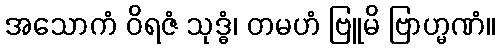
အသောကံ ဝိရဇံ သုဒ္ဓံ၊ တမဟံ ဗြူမိ ဗြာဟ္မဏံ။